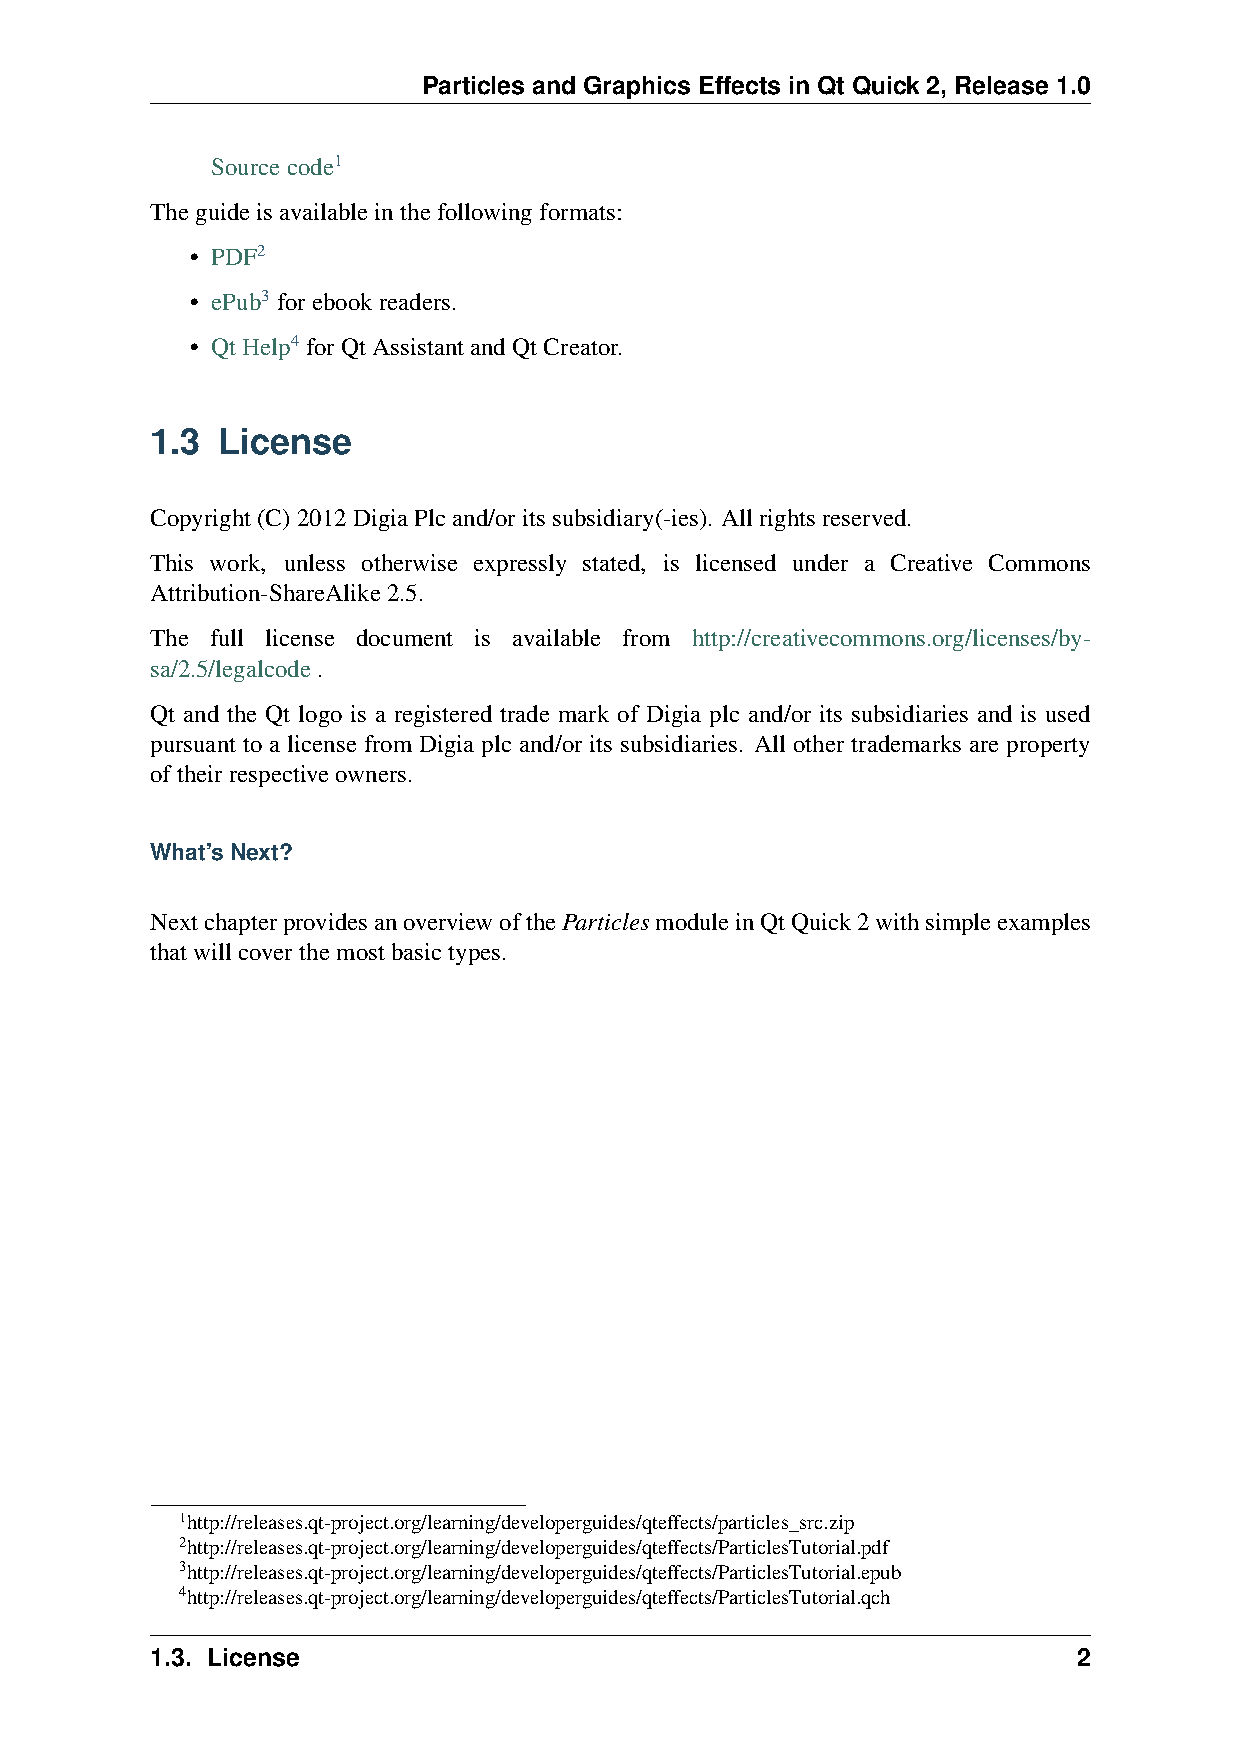
Particles and Graphics Effects in Qt Quick 2, Release 1.0
 Sourcecode1
 Theguideisavailableinthefollowingformats:
 • PDF2
 • ePub3 forebookreaders.
 • QtHelp4 forQtAssistantandQtCreator.
 1.3 License
 Copyright(C)2012DigiaPlcand/oritssubsidiary(-ies). Allrightsreserved.
 This work, unless otherwise expressly stated, is licensed under a Creative Commons
 Attribution-ShareAlike2.5.
 The full license document is available from http://creativecommons.org/licenses/by-
 sa/2.5/legalcode.
 Qt and the Qt logo is a registered trade mark of Digia plc and/or its subsidiaries and is used
 pursuant to a license from Digia plc and/or its subsidiaries. All other trademarks are property
 oftheirrespectiveowners.
 What’s Next?
 NextchapterprovidesanoverviewoftheParticlesmoduleinQtQuick2withsimpleexamples
 thatwillcoverthemostbasictypes.
 1http://releases.qt-project.org/learning/developerguides/qteffects/particles_src.zip
 2http://releases.qt-project.org/learning/developerguides/qteffects/ParticlesTutorial.pdf
 3http://releases.qt-project.org/learning/developerguides/qteffects/ParticlesTutorial.epub
 4http://releases.qt-project.org/learning/developerguides/qteffects/ParticlesTutorial.qch
 1.3. License                                                 2